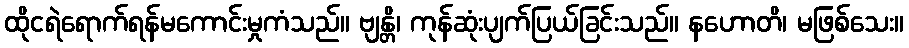
ထိုငရဲရောက်ရန်မကောင်းမှုကံသည်။ ဗျန္တိ၊ ကုန်ဆုံးပျက်ပြယ်ခြင်းသည်။ နဟောတိ၊ မဖြစ်သေး။